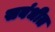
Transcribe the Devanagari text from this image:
सबंधीत